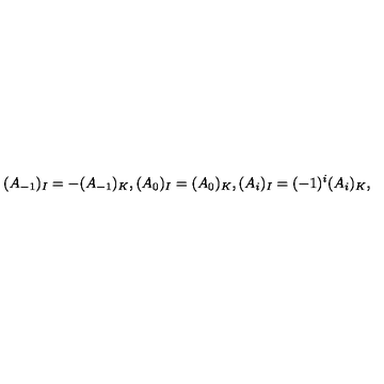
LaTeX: ( A _ { - 1 } ) _ { I } = - ( A _ { - 1 } ) _ { K } , ( A _ { 0 } ) _ { I } = ( A _ { 0 } ) _ { K } , ( A _ { i } ) _ { I } = ( - 1 ) ^ { i } ( A _ { i } ) _ { K } ,